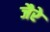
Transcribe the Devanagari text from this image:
जैरे